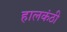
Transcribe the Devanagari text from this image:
हालकंठी